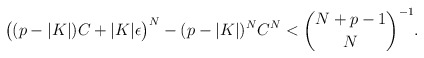
\begin{align*} \big((p-|K|)C+|K|\epsilon\big)^N-(p-|K|)^{N}C^{N} < \binom{N+p-1}{N}^{-1}.\end{align*}